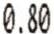
0.80